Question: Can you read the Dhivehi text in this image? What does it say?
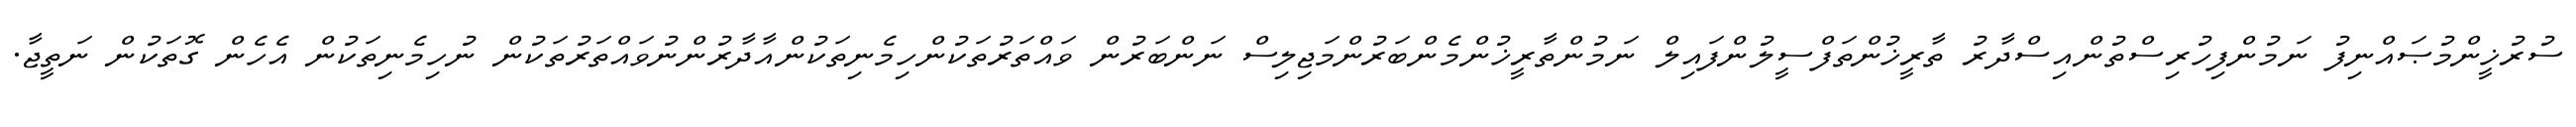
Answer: ސުރުޚީންމުޞައްނިފު ނަމުންފިހުރިސްތުންއިސްދާރު ތާރީޚުންތަފްސީލުންފައިލް ނަމުންތާރީޚުންމެންބަރުންމަޖިލިސް ނަންބަރުން ވައްތަރުތަކުންހިމެނިތަކުންއާދާރުންނުވައްތަރުތަކުން ނުހިމެނިތަކުން އެހެން ގޮތަކުން ނަތީޖާ.